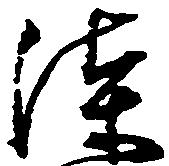
漆